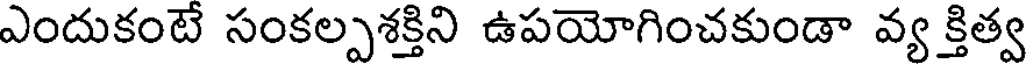
ఎందుకంటే సంకల్పశక్తిని ఉపయోగించకుండా వ్య క్తిత్వ